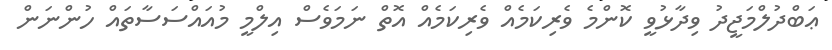
ޢަބްދުލްމަޖީދު ވިދާޅުވީ ކޮންމެ ވެރިކަމެއް ވެރިކަމެއް އޮތް ނަމަވެސް އިލްމީ މުއައްސަސާތައް ހުންނަން